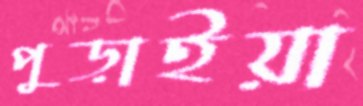
পুড়াইয়া